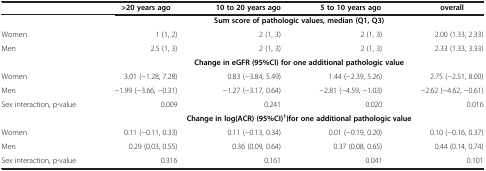
|  | >20 years ago | 10 to 20 years ago | 5 to 10 years ago | overall |
 | --- | --- | --- | --- | --- |
 |  | <COLSPAN=4> Sum score of pathologic values, median (Q1, Q3) |
 | Women | 1 (1, 2) | 2 (1, 3) | 2 (1, 3) | 2.00 (1.33, 2.33) |
 | Men | 2.5 (1, 3) | 2 (1, 3) | 2 (1, 3) | 2.33 (1.33, 3.33) |
 |  | <COLSPAN=4> Change in eGFR (95%CI) for one additional pathologic value |
 | Women | 3.01 (−1.28, 7.28) | 0.83 (−3.84, 5.49) | 1.44 (−2.39, 5.26) | 2.75 (−2.51, 8.00) |
 | Men | −1.99 (−3.66, −0.31) | −1.27 (−3.17, 0.64) | −2.81 (−4.59, −1.03) | −2.62 (−4.62, −0.61) |
 | Sex interaction, p-value | 0.009 | 0.241 | 0.020 | 0.016 |
 |  | <COLSPAN=4> Change in log(ACR) (95%CI)1)for one additional pathologic value |
 | Women | 0.11 (−0.11, 0.33) | 0.11 (−0.13, 0.34) | 0.01 (−0.19, 0.20) | 0.10 (−0.16, 0.37) |
 | Men | 0.29 (0.03, 0.55) | 0.36 (0.09, 0.64) | 0.37 (0.08, 0.65) | 0.44 (0.14, 0.74) |
 | Sex interaction, p-value | 0.316 | 0.161 | 0.041 | 0.101 |